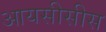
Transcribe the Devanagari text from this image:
आयसीसीस